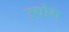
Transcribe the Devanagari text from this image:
उद्योम